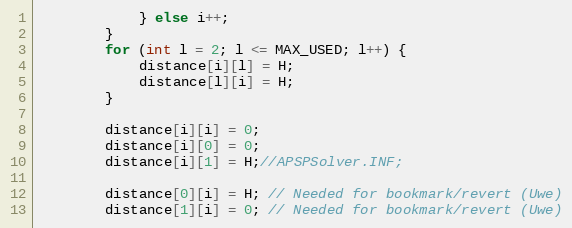
Language: Java
			} else i++;
		}
		for (int l = 2; l <= MAX_USED; l++) {
			distance[i][l] = H;
			distance[l][i] = H;
		}

		distance[i][i] = 0;
		distance[i][0] = 0;
		distance[i][1] = H;//APSPSolver.INF;

		distance[0][i] = H; // Needed for bookmark/revert (Uwe)
		distance[1][i] = 0; // Needed for bookmark/revert (Uwe)